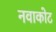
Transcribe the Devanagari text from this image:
नवाकोट